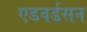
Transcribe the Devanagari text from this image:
एडवर्डसन